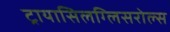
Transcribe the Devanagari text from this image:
ट्रायासिलग्लिसरोल्स